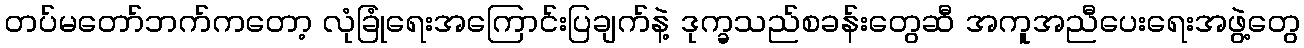
တပ်မတော်ဘက်ကတော့ လုံခြုံရေးအကြောင်းပြချက်နဲ့ ဒုက္ခသည်စခန်းတွေဆီ အကူအညီပေးရေးအဖွဲ့တွေ